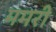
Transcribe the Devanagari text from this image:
ममरी